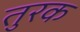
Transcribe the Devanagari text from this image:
तुरक